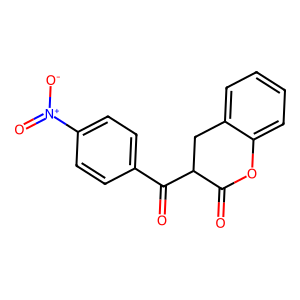
SMILES: O=C1Oc2ccccc2CC1C(=O)c1ccc([N+](=O)[O-])cc1
Inhibits HIV replication: No